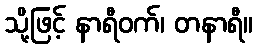
သို့ဖြင့် နာရီဝက်၊ တနာရီ။